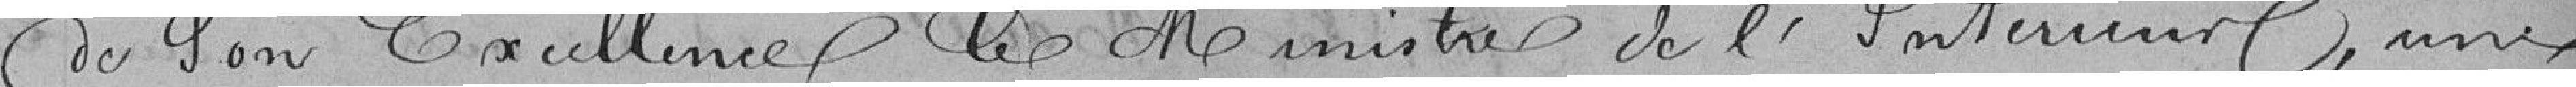
de son Excellence le Ministre de l'Intérieur, une